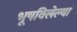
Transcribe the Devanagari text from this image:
भूषविलेल्‍या